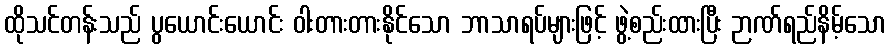
ထိုသင်တန်းသည် ပွယောင်းယောင်း ဝါးတားတားနိုင်သော ဘာသာရပ်များဖြင့် ဖွဲ့စည်းထားပြီး ဉာဏ်ရည်နိမ့်သော